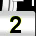
Digit: 2